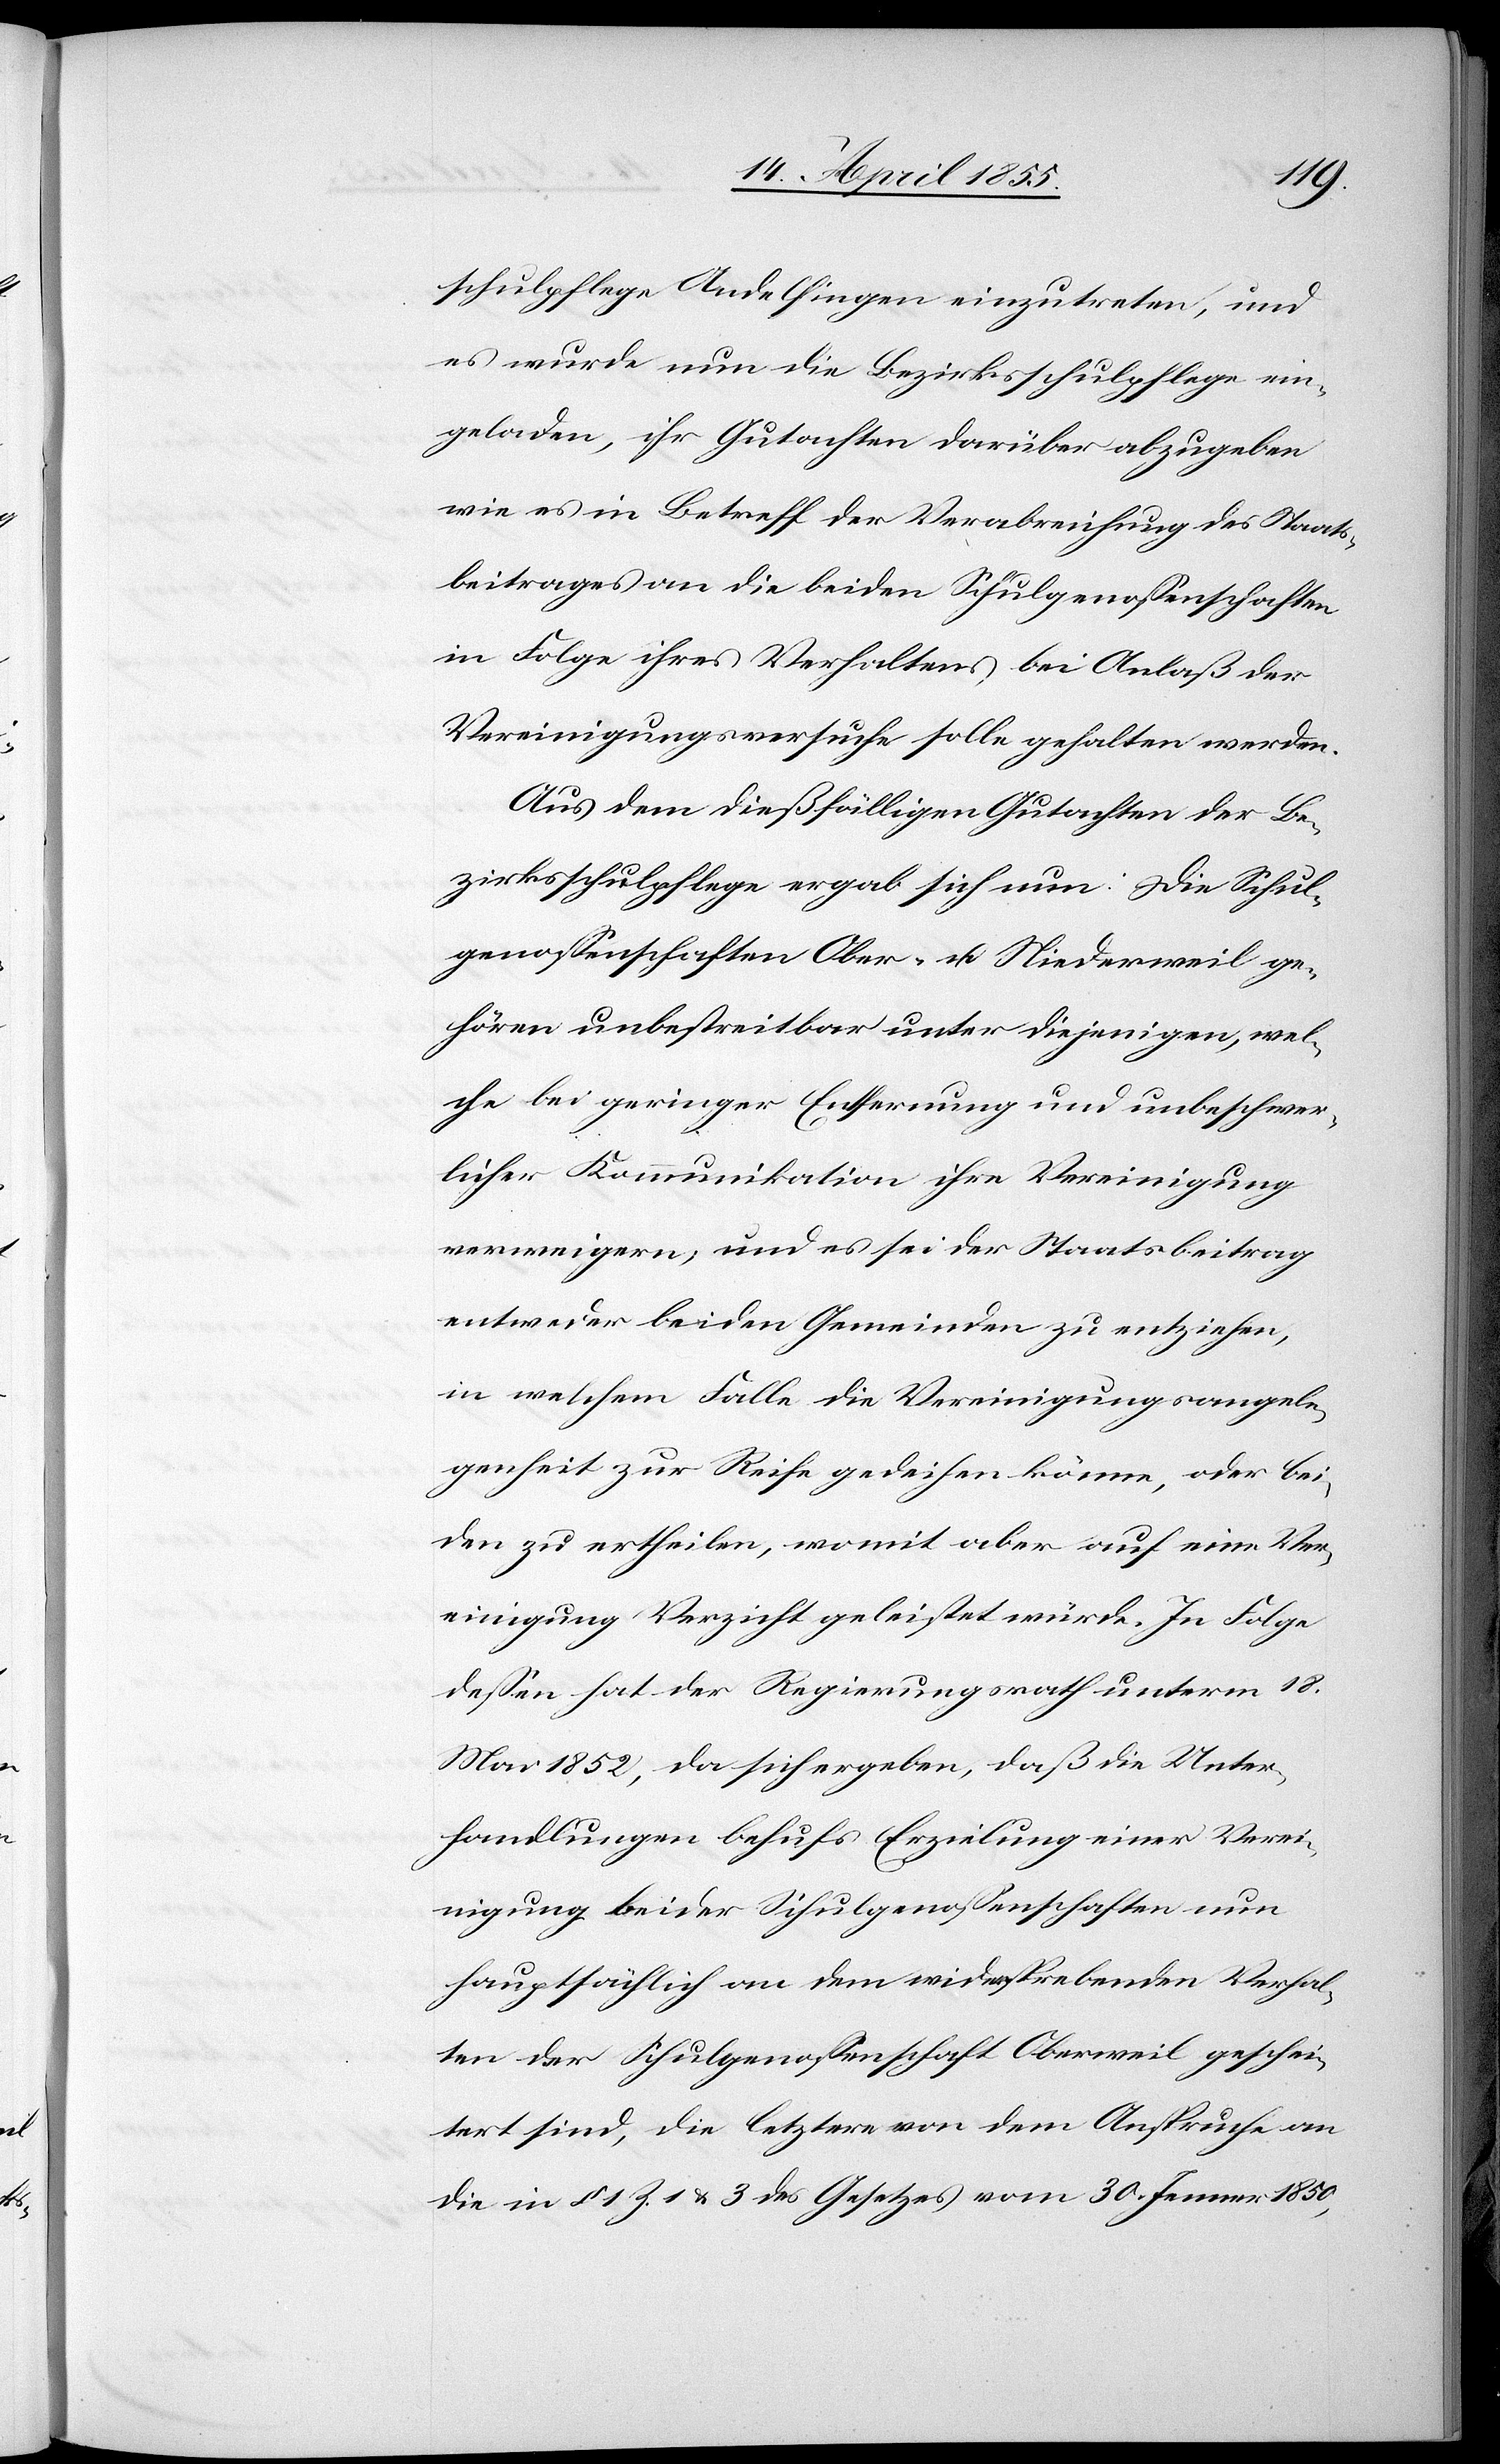
schulpflege Andelfingen einzutreten, und
es wurde nun die Bezirksschulpflege ein¬
geladen, ihr Gutachten darüber abzugeben
wie es in Betreff der Verabreichung des Staats¬
beitrages an die beiden Schulgenossenschaften
in Folge ihres Verhaltens bei Anlaß der
Vereinigungsversuche solle gehalten werden.
Aus dem dießfälligen Gutachten der Be¬
zirksschulpflege ergab sich nun: Die Schul¬
genossenschaften Ober- u. Niederweil ge¬
hören unbestreitbar unter diejenigen, wel¬
che bei geringer Entfernung und unbeschwer¬
licher Kommunikation ihre Vereinigung
verweigern, und es sei der Staatsbeitrag
entweder beiden Gemeinden zu entziehen,
in welchem Falle die Vereinigungsangele¬
genheit zur Reife gedeihen könne, oder bei¬
den zu ertheilen, womit aber auf eine Ver¬
einigung Verzicht geleistet würde. In Folge
dessen hat der Regierungsrath unterm 18.
Mai 1852, da sich ergeben, daß die Unter¬
handlungen behufs Erzielung einer Verei¬
nigung beider Schulgenossenschaften nun
hauptsächlich an dem widerstrebenden Verhal¬
ten der Schulgenossenschaft Oberweil geschei¬
tert sind, die letztere von dem Anspruche an
die in § 1 Z. 1 & 3 des Gesetzes vom 30. Jenner 1850,